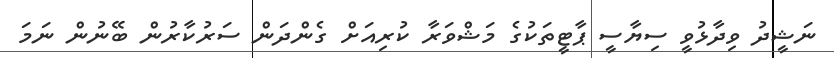
ނަޝީދު ވިދާޅުވީ ސިޔާސީ ޕާޓީތަކުގެ މަޝްވަރާ ކުރިއަށް ގެންދަން ސަރުކާރުން ބޭނުން ނަމަ